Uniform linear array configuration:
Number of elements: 4
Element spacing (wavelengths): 0.25
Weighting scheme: blackman
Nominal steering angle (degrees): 15
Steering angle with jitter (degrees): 14.209
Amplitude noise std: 0.05
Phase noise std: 0.05

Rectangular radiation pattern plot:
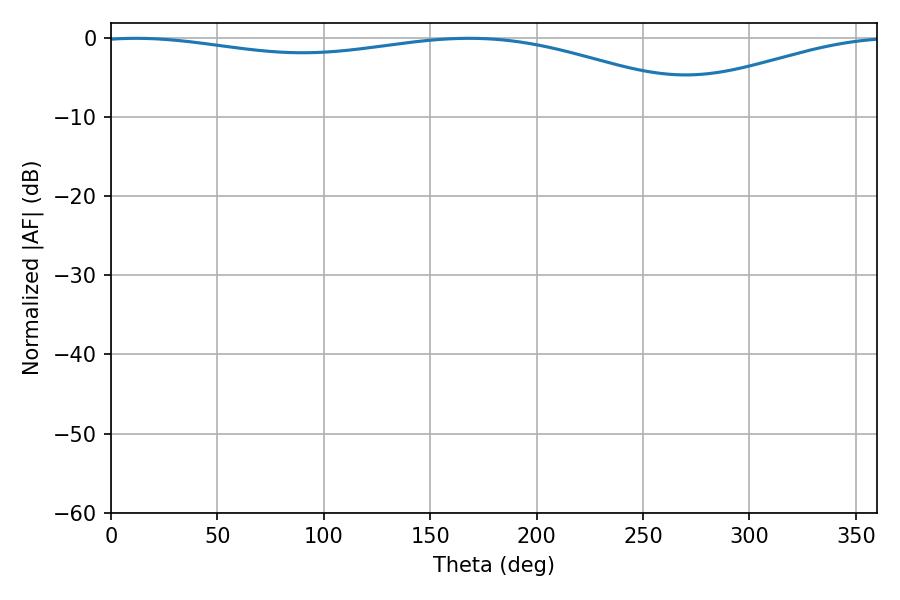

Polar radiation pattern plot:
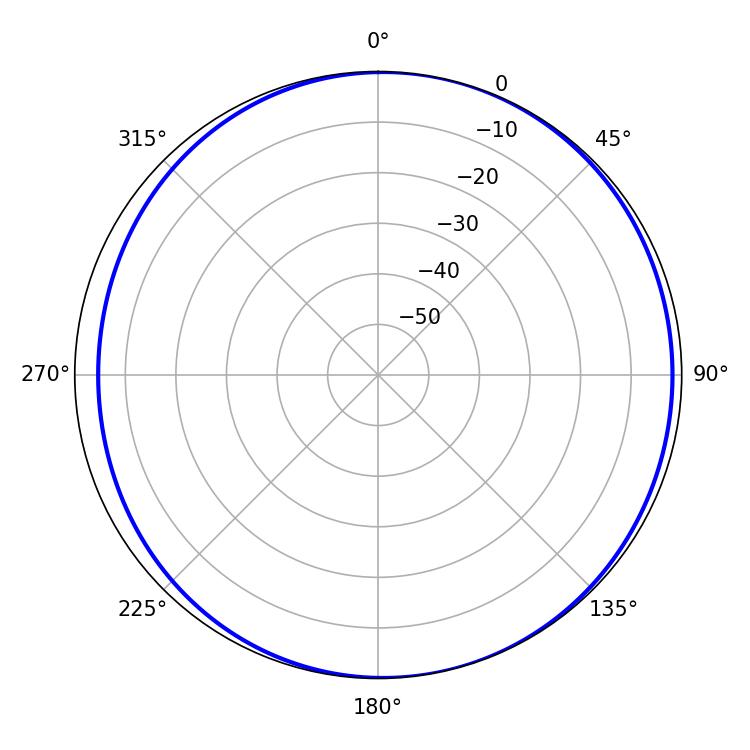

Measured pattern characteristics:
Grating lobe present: FALSE
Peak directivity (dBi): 5.556
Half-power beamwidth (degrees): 232.92
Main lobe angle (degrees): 11.7